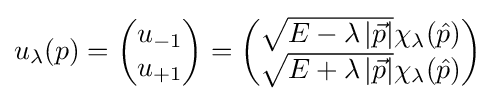
u_{\lambda }(p)={\begin{pmatrix}u_{-1}\\u_{+1}\end{pmatrix}}={\begin{pmatrix}{\sqrt {E-\lambda \left|{\vec {p}}\right|}}\chi _{\lambda }({\hat {p}})\\{\sqrt {E+\lambda \left|{\vec {p}}\right|}}\chi _{\lambda }({\hat {p}})\end{pmatrix}}